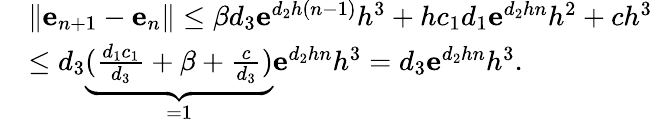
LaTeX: \begin{array}{rl}&{\| \mathbf{e}_{n+1}-\mathbf{e}_{n}\| \leq\beta d_{3}\mathbf{e}^{d_{2}h(n-1)}h^{3}+hc_{1}d_{1}\mathbf{e}^{d_{2}hn}h^{2}+ch^{3}}\\ &{\leq d_{3}\underbrace{(\frac{d_{1}c_{1}}{d_{3}}+\beta+\frac{c}{d_{3}})}_{=1}\mathbf{e}^{d_{2}hn}h^{3}=d_{3}\mathbf{e}^{d_{2}hn}h^{3}.}\end{array}